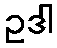
ဥဒါ